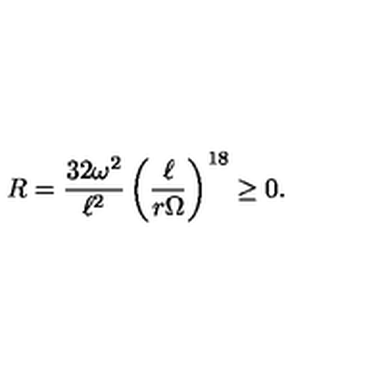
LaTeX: R = \frac { 3 2 \omega ^ { 2 } } { \ell ^ { 2 } } \left( \frac { \ell } { r \Omega } \right) ^ { 1 8 } \ge 0 .